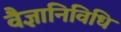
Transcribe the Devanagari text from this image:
वैज्ञानिविधि